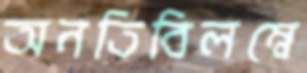
অনতিবিলম্বে